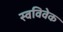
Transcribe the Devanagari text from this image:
स्‍वविवेक